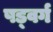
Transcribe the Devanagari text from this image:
षड्वर्ग